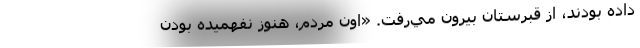
داده بودند، از قبرستان بيرون مي‌رفت. «اون مردم، هنوز نفهميده بودن